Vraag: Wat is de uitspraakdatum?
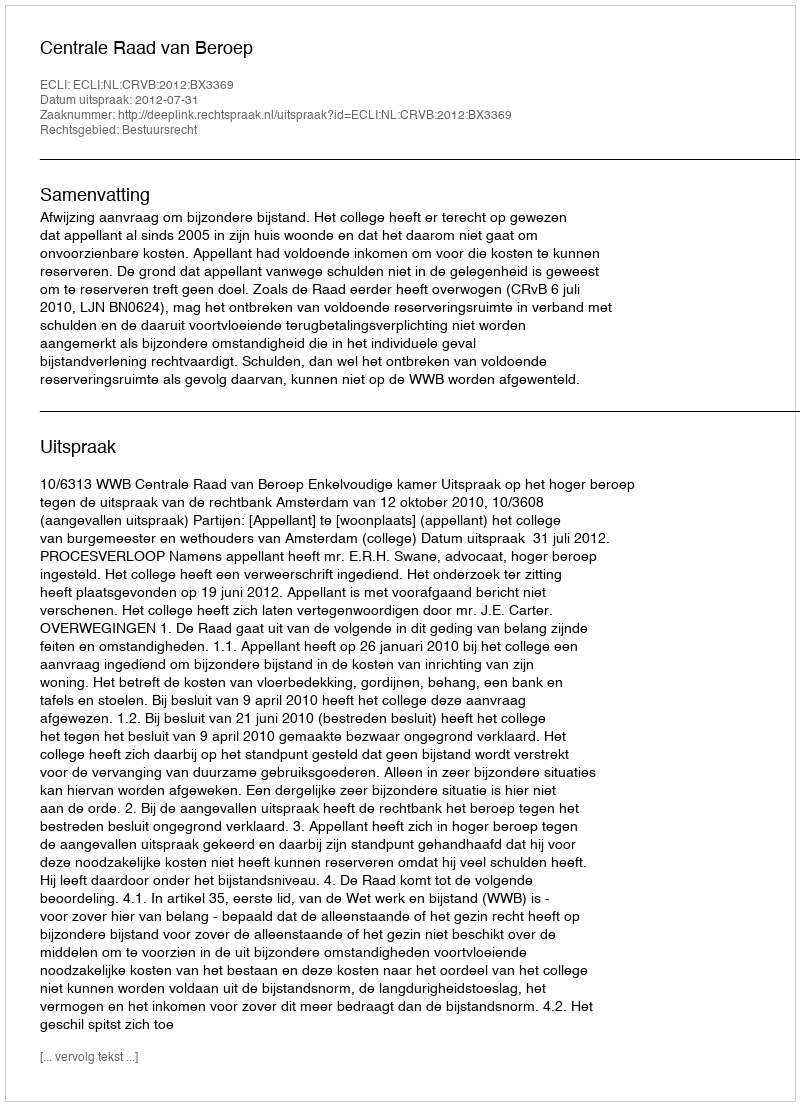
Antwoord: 2012-07-31